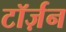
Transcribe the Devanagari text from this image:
टॉर्ज़न